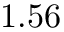
1 . 5 6